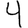
Digit: 4